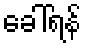
ခေါ်ရန်